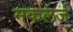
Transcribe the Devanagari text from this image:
मकलर्ज